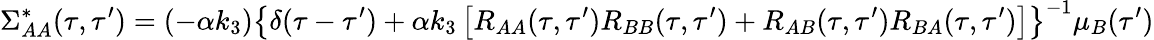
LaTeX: \Sigma_{AA}^{*}(\tau,\tau^{\prime})=(-\alpha k_{3})\left\{ \delta(\tau-\tau^{\prime})+\alpha k_{3}\left[R_{AA}(\tau,\tau^{\prime})R_{BB}(\tau,\tau^{\prime})+R_{AB}(\tau,\tau^{\prime})R_{BA}(\tau,\tau^{\prime})\right]\right\} ^{-1}\mu_{B}(\tau^{\prime})